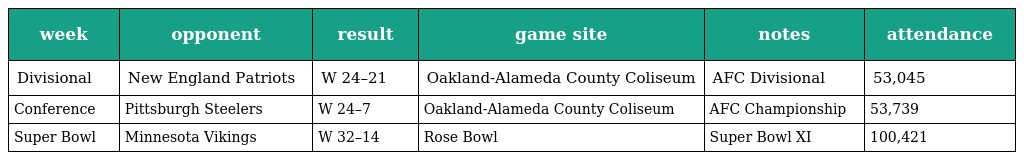
| week | opponent | result | game site | notes | attendance |
 | --- | --- | --- | --- | --- | --- |
 | Divisional | New England Patriots | W 24–21 | Oakland-Alameda County Coliseum | AFC Divisional | 53,045 |
 | Conference | Pittsburgh Steelers | W 24–7 | Oakland-Alameda County Coliseum | AFC Championship | 53,739 |
 | Super Bowl | Minnesota Vikings | W 32–14 | Rose Bowl | Super Bowl XI | 100,421 |